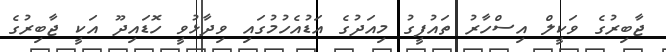
ޖާބިރުގެ ވަކީލް އިސްހާރު ތައުފީގު މިއަދުގެ އަޑުއެހުމުގައި ވިދާޅުވީ ހޮޑައިދޫ އަކީ ޖާބިރުގެ